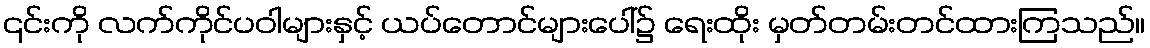
၎င်းကို လက်ကိုင်ပဝါများနှင့် ယပ်တောင်များပေါ်၌ ရေးထိုး မှတ်တမ်းတင်ထားကြသည်။